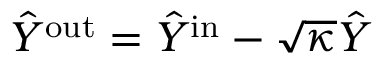
\hat { Y } ^ { \mathrm { o u t } } = \hat { Y } ^ { \mathrm { i n } } - \sqrt { \kappa } \hat { Y }